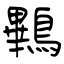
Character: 鷝